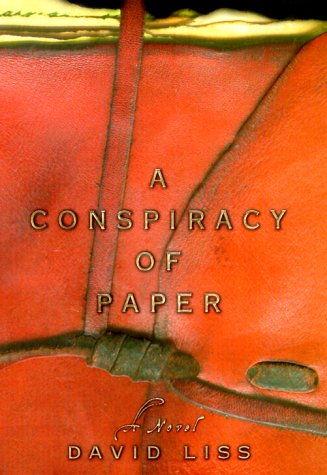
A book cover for A Conspiracy of Paper: A Novel; David Liss; Mystery, Thriller & Suspense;